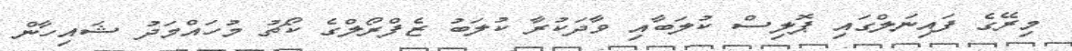
މިރޭގެ ފައިނަލްގައި ޕޮލިސް ކުލަބާއި ވާދަކުރާ ކުލަބު ޒެފްރޯލްގެ ކޯޗު މުހައްމަދު ޝައިހާން